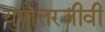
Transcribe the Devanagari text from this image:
युगोत्तरजीवी